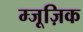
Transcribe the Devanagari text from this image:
म्जूज़िक